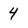
Character: 4